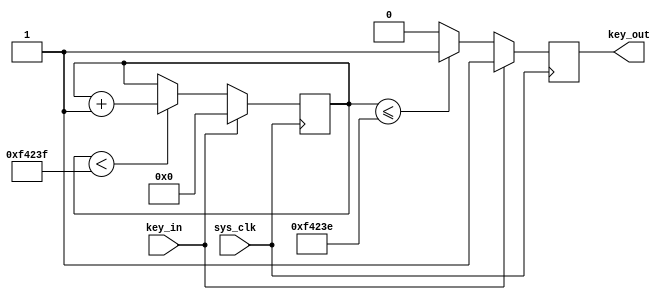
`timescale  1ns/1ns

module  key_filter
(
		input wire sys_clk,
		input wire key_in,
		
		output reg key_out 

);

reg [19:0] cnt;

always@(posedge sys_clk)
	if(key_in == 1'b0) begin
	
		if(cnt < 20'd999999) begin
			cnt <= cnt + 1'b1;
		end
		else begin
			cnt <= cnt;
		end
		
		if(cnt <= 20'd999998) begin
			key_out <= 1'b1;
		end
		else begin
			key_out <= 1'b0;
		end
		
	end	
	else begin
		cnt <= 1'b0;
		key_out <= 1'b1;
	end
	
endmodule